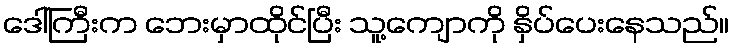
ဒေါ်ကြီးက ဘေးမှာထိုင်ပြီး သူ့ကျောကို နှိပ်ပေးနေသည်။